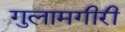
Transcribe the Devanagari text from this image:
गुलामगीरी